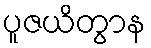
ပူဇယိတွာန